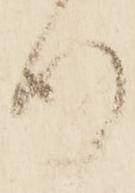
行